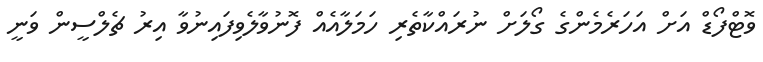
ވޮޓްފޯޑް އަށް އަހަރެމެންގެ ގޯލަށް ނުރައްކާތެރި ހަމަލާއެއް ފޮނުވާލެވިފައިނުވާ އިރު ޗެލްސީން ވަނީ